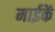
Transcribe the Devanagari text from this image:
माईकें